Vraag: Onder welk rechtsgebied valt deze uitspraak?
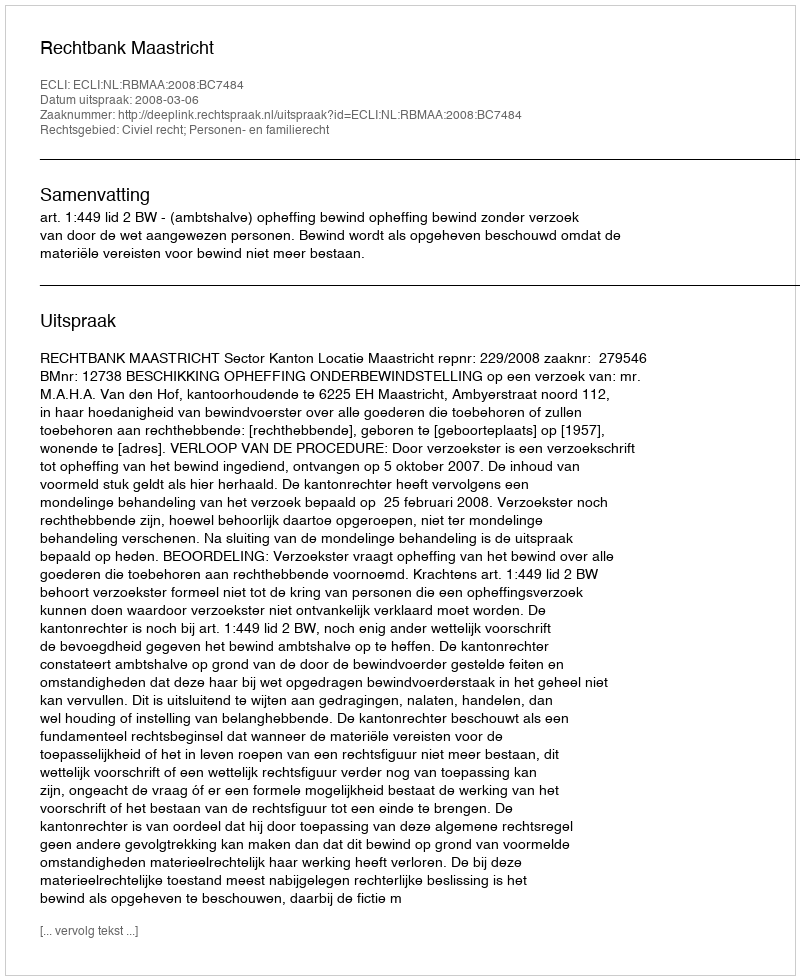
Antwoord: Civiel recht; Personen- en familierecht